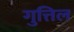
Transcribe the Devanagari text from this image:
गुत्तिल